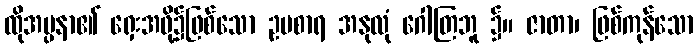
ထိုအပ္ပနာ၏ ရှေးအဖို့၌ဖြစ်သော ဥပစာရ အနုလုံ ဂေါတြဘူ ၌။ ဇာတာ၊ ဖြစ်ကုန်သော